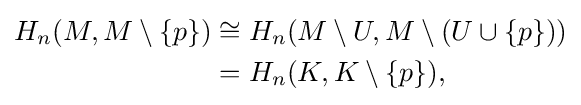
{\begin{aligned}H_{n}(M,M\setminus \{p\})&\cong H_{n}(M\setminus U,M\setminus (U\cup \{p\}))\\&=H_{n}(K,K\setminus \{p\}),\end{aligned}}